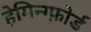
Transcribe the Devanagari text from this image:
हेमिन्ग्फ़ोर्ड